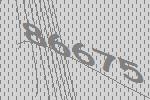
86675